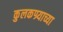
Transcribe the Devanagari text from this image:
कुलकण्र्याच्या